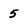
Character: 5